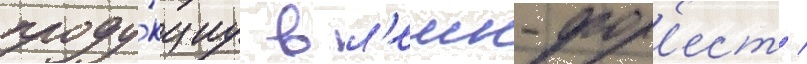
проду́кциу в л'еик-фор'ест /